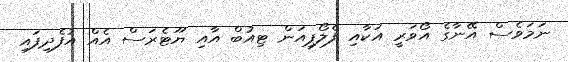
ނަމަވެސް އޭނާގެ އޯވަރީ އަކާއި ފެލޯޕިއަން ޓިއުބް އާއި ޔޫޓެރަސް އެއް އުފެދިފައި